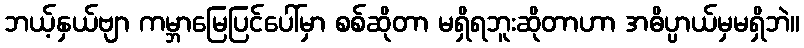
ဘယ့်နှယ်ဗျာ ကမ္ဘာမြေပြင်ပေါ်မှာ စစ်ဆိုတာ မရှိရဘူးဆိုတာဟာ အဓိပ္ပာယ်မှမရှိဘဲ။